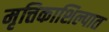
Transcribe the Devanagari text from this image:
मृत्तिकाशिल्पात